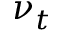
\nu _ { t }